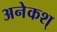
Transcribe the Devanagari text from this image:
अनेकश्